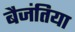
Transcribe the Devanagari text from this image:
बैजंतिया